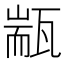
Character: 㼷